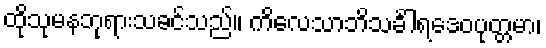
ထိုသုမနဘုရားသခင်သည်။ ကိလေသာဘိသင်္ခါရဒေဝပုတ္တမာ၊